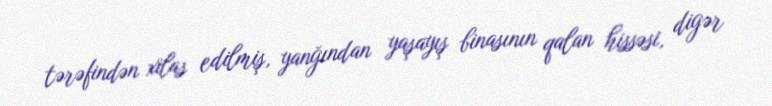
tərəfindən xilas edilmiş, yanğından yaşayış binasının qalan hissəsi, digər